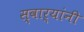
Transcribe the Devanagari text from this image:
स्वाऱ्यांनी